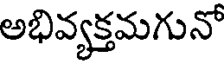
అభివ్యక్తమగునో